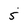
Character: 5